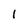
Character: l